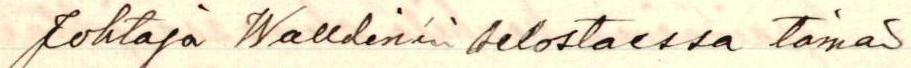
Johtaja Walldénin selostaessa tämän